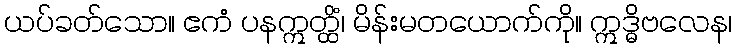
ယပ်ခတ်သော။ ဧကံ ပနဣတ္ထိံ၊ မိန်းမတယောက်ကို။ ဣဒ္ဓိဗလေန၊